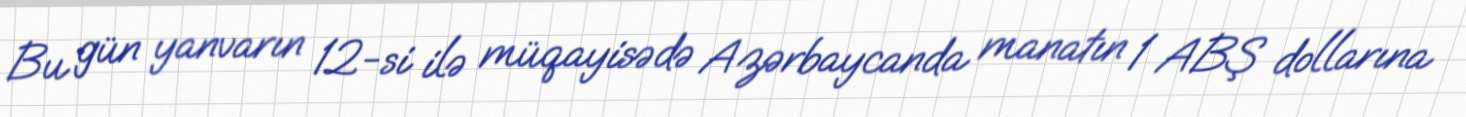
Bu gün yanvarın 12-si ilə müqayisədə Azərbaycanda manatın 1 ABŞ dollarına